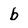
Character: b